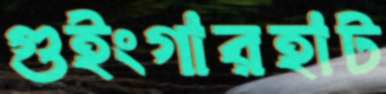
গুইংগারহাট